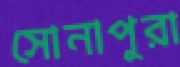
সোনাপুরা